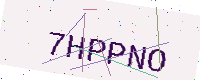
Text: 7HPPNO